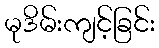
မုဒိမ်းကျင့်ခြင်း